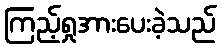
ကြည့်ရှုအားပေးခဲ့သည်